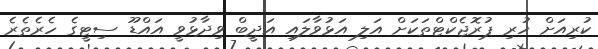
ކުރިއަށް ހުރި ޕުރޮޖެކްޓްތަކަށް އަލި އަޅުވާލައި އަދީބް ވިދާޅުވީ އައްޑޫ ސިޓީގެ ހެރެތެރެ